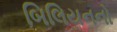
બિલિયનનો